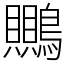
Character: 䴍